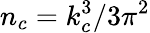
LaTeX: n_{c}=k_{c}^{3}/3\pi^{2}